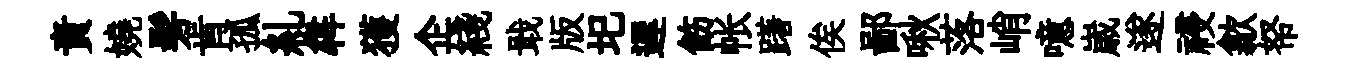
責嬈髣肯孤糺犇獲企綫戢版圯遲飭帐躇俟鄙啾落峭噫𡻕遂祲歙帑